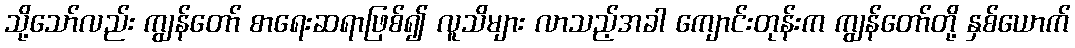
သို့သော်လည်း ကျွန်တော် စာရေးဆရာဖြစ်၍ လူသိများ လာသည့်အခါ ကျောင်းတုန်းက ကျွန်တော်တို့ နှစ်ယောက်